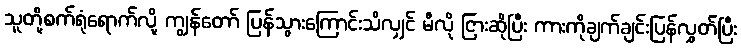
သူတို့စက်ရုံရောက်လို့ ကျွန်တော် ပြန်သွားကြောင်းသိလျှင် မီလို ငြားဆိုပြီး ကားကိုချက်ချင်းပြန်လွှတ်ပြီး